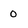
Character: 0